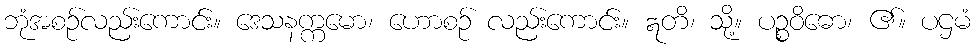
ဘုံအစဉ်လည်းကောင်း။ ဒေသနက္ကမော၊ ဟောစဉ် လည်းကောင်း။ ဣတိ၊ သို့။ ပဉ္စဝိဓော၊ ၏။ ပဌမံ